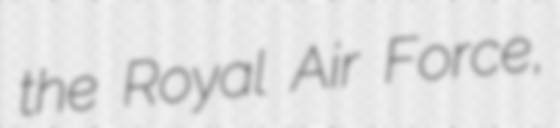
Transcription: the Royal Air Force,